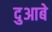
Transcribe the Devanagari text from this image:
दुआबे